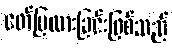
ဖော်ပြထားခြင်းဖြစ်သည်